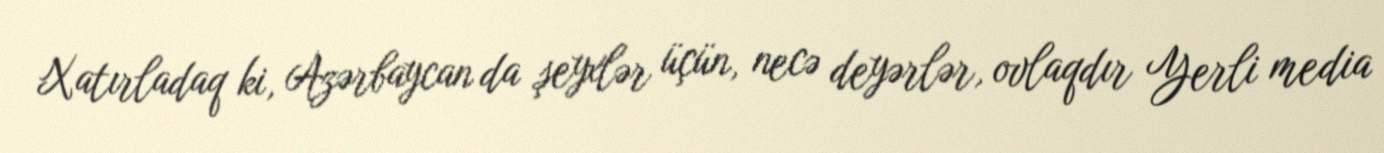
Xatırladaq ki, Azərbaycan da şeyxlər üçün, necə deyərlər, ovlaqdır Yerli media